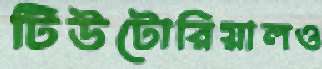
টিউটোরিয়ালও